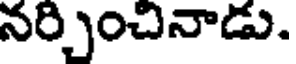
నర్చించినాడు.